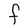
Character: F